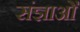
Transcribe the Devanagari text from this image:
संज्ञाओँ